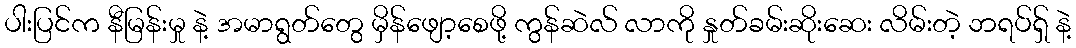
ပါးပြင်က နီမြန်းမှု နဲ့ အမာရွတ်တွေ မှိန်ဖျော့စေဖို့ ကွန်ဆဲလ် လာကို နှုတ်ခမ်းဆိုးဆေး လိမ်းတဲ့ ဘရပ်ရှ် နဲ့